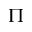
\Pi